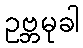
ဥဗ္ဘမုခါ